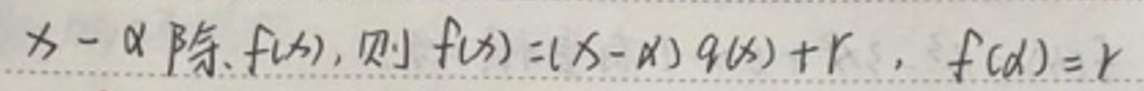
$x - \alpha \mid f(x),\ 则\ f(x)=(x - \alpha)q(x)+r,\ f(\alpha)=r$